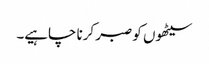
سیٹھوں کو صبر کرنا چاہیے۔